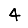
Digit: 4